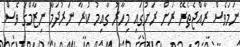
ނަމަވެސް ރާއްޖެތެރޭ ރަށް ރަށުގައި މިހާރު ގާއިމު ކުރާ ނަރުދަމާ ނިޒާމްގަ ވެސް